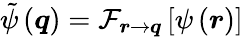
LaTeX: \tilde{\psi}\left(\boldsymbol{q}\right)=\mathcal{F}_{\boldsymbol{r}\rightarrow\boldsymbol{q}}\left[\psi\left(\boldsymbol{r}\right)\right]